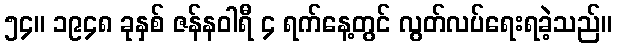
၅၄။ ၁၉၄၈ ခုနှစ် ဇန်နဝါရီ ၄ ရက်နေ့တွင် လွတ်လပ်ရေးရခဲ့သည်။